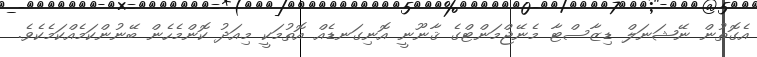
އެގޮތުން ނޭޝަނަލް ޑިޒާސްޓާ މެނޭޖްމަންޓްގެ ޤާނޫނީ އޮނިގަނޑެއް އޮތުމަކީ މިއަދު ކޮންމެހެން ބޭނުންކަމެއްކަމެކެވެ.